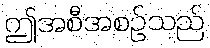
ဤအစီအစဉ်သည်